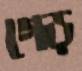
গেড়